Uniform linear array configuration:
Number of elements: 16
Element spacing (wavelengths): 1
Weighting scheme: binomial
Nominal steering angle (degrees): -60
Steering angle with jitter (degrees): -59.728
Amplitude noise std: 0.05
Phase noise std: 0.05

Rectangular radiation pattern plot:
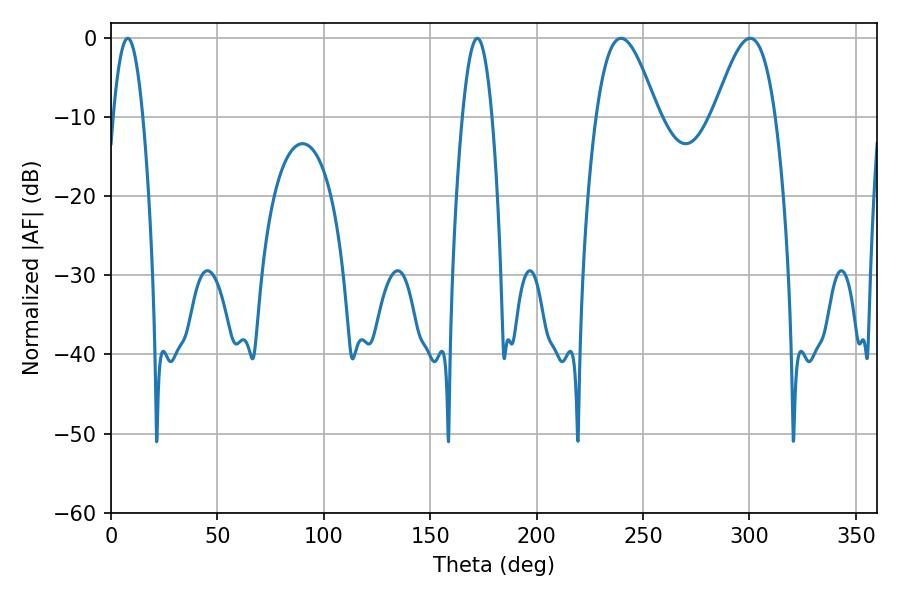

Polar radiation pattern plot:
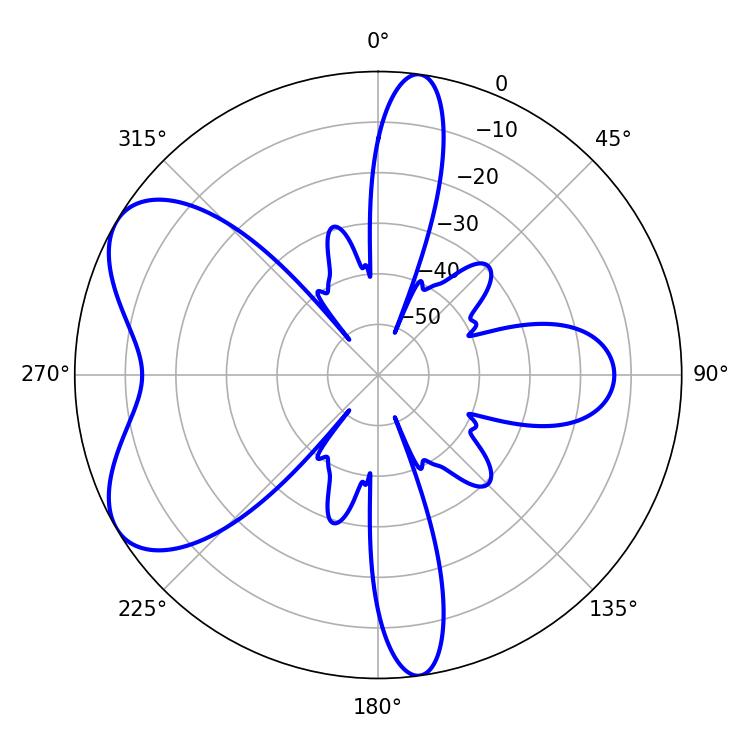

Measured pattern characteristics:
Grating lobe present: TRUE
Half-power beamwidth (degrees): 15.66
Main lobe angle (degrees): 239.58